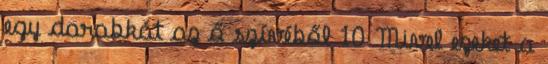
egy darabkát az ő szívéből 10 Mivel ezeket a